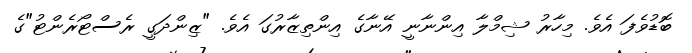
ބޮޑުވެފަ އެވެ. މިހާރު ޝިމްލާ އިންނާނީ އޭނާގެ އިންތިޒާރުގަ އެވެ. "ޒިންދަގީ ރެސްޓޯރެންޓު"ގެ